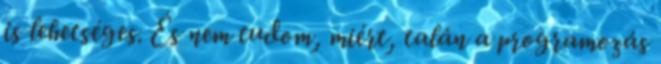
is lehetséges. És nem tudom, miért, talán a programozás